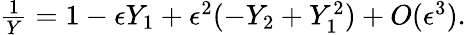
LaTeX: \begin{array}{r}{\frac{1}{Y}=1-\epsilon Y_{1}+\epsilon^{2}(-Y_{2}+Y_{1}^{2})+O(\epsilon^{3}).}\end{array}